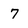
Character: 7